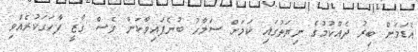
އެޑަމަށް ބިރު ދެއްކުމުގެ ނިޔަތުގައި ކަމަށް ސަމާހު ބުނެފައިވާކަން ވެސް ގާޒީ ފާހަގަކުރެއްވި